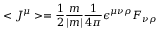
< J ^ { \mu } > = \frac { 1 } { 2 } \frac { m } { | m | } \frac { 1 } { 4 \pi } \epsilon ^ { \mu \nu \rho } F _ { \nu \rho }